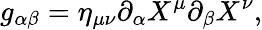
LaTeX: g_{\alpha\beta}=\eta_{\mu\nu}\partial_{\alpha}X^{\mu}\partial_{\beta}X^{\nu},